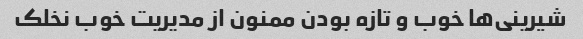
شیرینی‌ها خوب و تازه بودن ممنون از مدیریت خوب نخلک